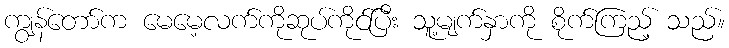
ကျွန်တော်က မေမေ့လက်ကိုဆုပ်ကိုင်ပြီး သူ့မျက်နှာကို စိုက်ကြည့် သည်။